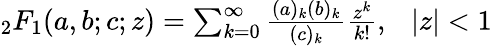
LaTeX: \begin{array}{r}{{_2F_{1}}(a,b;c;z)=\sum_{k=0}^{\infty}\frac{(a)_{k}(b)_{k}}{(c)_{k}}\frac{z^{k}}{k!},\ \ \ |z|<1}\end{array}